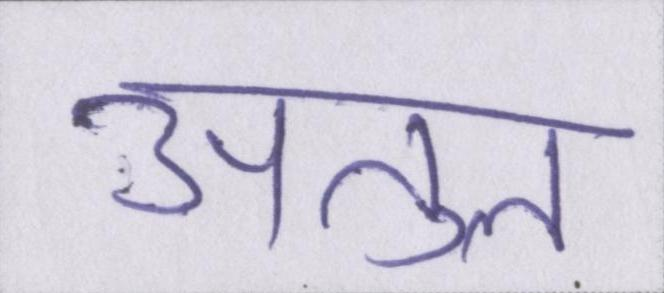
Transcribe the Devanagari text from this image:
अतुल